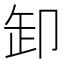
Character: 卸